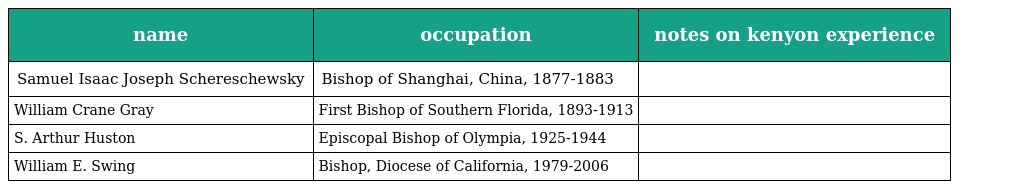
| name | occupation | notes on kenyon experience |
 | --- | --- | --- |
 | Samuel Isaac Joseph Schereschewsky | Bishop of Shanghai, China, 1877-1883 |  |
 | William Crane Gray | First Bishop of Southern Florida, 1893-1913 |  |
 | S. Arthur Huston | Episcopal Bishop of Olympia, 1925-1944 |  |
 | William E. Swing | Bishop, Diocese of California, 1979-2006 |  |